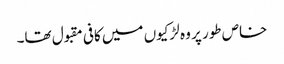
خاص طور پر وہ لڑکیوں میں کافی مقبول تھا۔